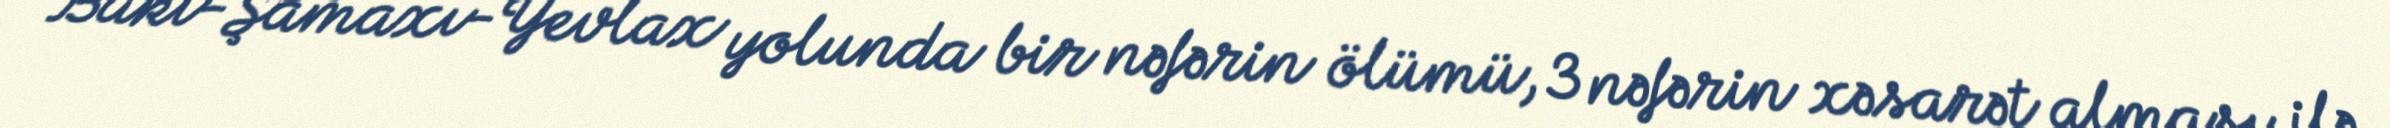
Bakı-Şamaxı-Yevlax yolunda bir nəfərin ölümü, 3 nəfərin xəsarət alması ilə